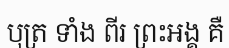
បុត្រ ទាំង ពីរ ព្រះអង្គ គឺ